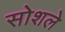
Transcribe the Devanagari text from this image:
सोशले